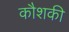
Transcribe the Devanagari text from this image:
कौशकी